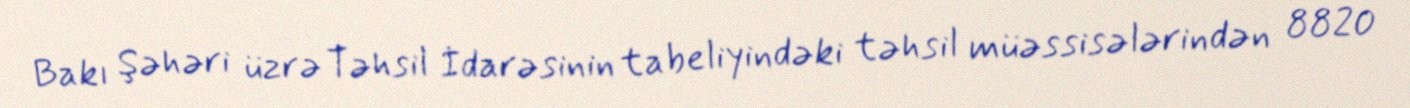
Bakı Şəhəri üzrə Təhsil İdarəsinin tabeliyindəki təhsil müəssisələrindən 8820